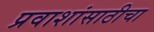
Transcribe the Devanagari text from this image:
प्रवाशांसाठीचा